Scottish Leaving Certificate Examination, 1952
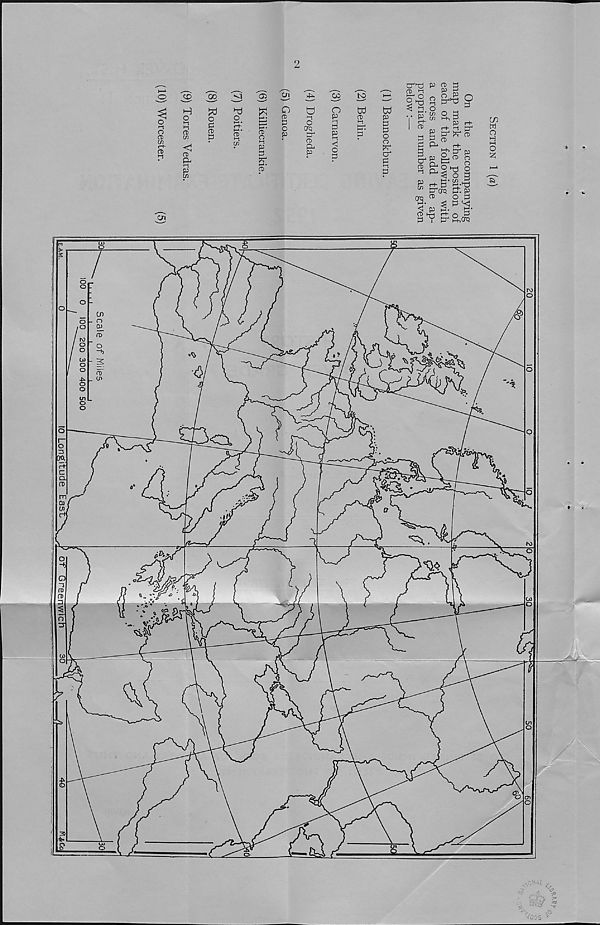
LOWER HIST.
To face page 10]
(Section I)
SCOHISH LEAVING CERTIFICATE EXAMINATION
1952
HISTORY
LOWER GRADE
Section I
(To be attempted by all candidates)
Thursday, 13th March—9.30 a.m. to 12 noon
FILL THIS IN FIRST
Name of School
Name of Pupil
TO BE PINNED INSIDE THE CANDIDATE’S BOOK OF ANSWERS AND THUS
SENT TO THE DEPARTMENT.
[OVER